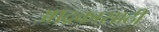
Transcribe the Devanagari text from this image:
आद्रकासाठी